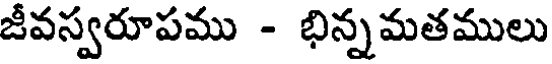
జీవస్వరూపము - భిన్నమతములు